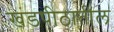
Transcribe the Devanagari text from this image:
खंडपीठातील